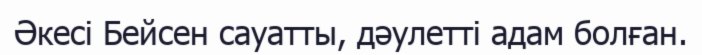
Әкесі Бейсен сауатты, дәулетті адам болған.